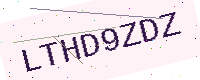
Text: LTHD9ZDZ